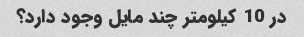
در 10 کیلومتر چند مایل وجود دارد؟